Senior Leaving Certificate Examination (including Day School Certificate (Higher) General paper), 1947
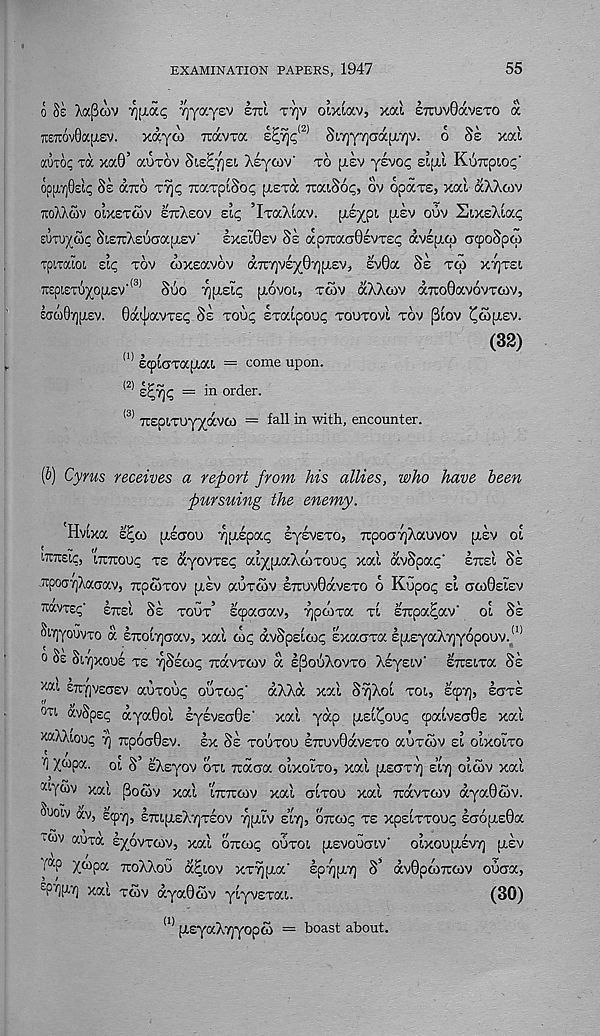
EXAMINATION PAPERS, 1947
55
o 8e Aapo'iv Tj(xa^ Tjyayev sm ttjv oivio'.v, xal ETruvOavero a
TCTOvOafJiev.
xayoi Tiavra e^% <2) Siyyyaafxrjv. 6 Ss xai
auto? to xa0’ auTov SiecjizL /iyoov' to [Jlsv ysvoc eijxI KuTipto^'
op[JL7)0£^ Se (xtto Ty^ TrarpiSo^ [X£T(X tto.iSoc;, ov opaT£, xal aXXoiv
TtoXXcov oix£T(ov £tcA£Ov £i<; ’IraAtav. fii^pt, [X£v ouv Six£Xia<;
suTuyooc SisTrAEoaaiiEv' exei0ev Se ap7raa0evT£^ avEixoi acpoSpq)
Tpimioi sic, tov coxsavov a7ry)V£y07]p.£V, Ev0a Se toi xtjtei
7t£pi£Tuj(0(xev' <3) Soo ti [XEi^ fiovoL, T<ov ccXXoiv aTUO0aVOVTCOV,
£aa)07)[i.EV. Oa'iavxEC Se too^ sraipou^ toutovi tov (3iov ‘Coi[X£v.
(32)
E^laTapiat. = come upon.
<2)
= in order.
W l.
(3) TTSpLTUyyavw = fall in with, encounter.
(S) Cyrus receives a report from his allies, who have been
pursuing the enemy.
'Hvixoc e£co (jiaou ry.saa.c, sysvETo, TrpoayXaovov [xev oi
wirstc, t~7rouc te ayovT£<; a^ptaXcoTou^ xal avSpac’ etcei Se
^poCTyjXaaav, TrpwTOv [xev auTOiv ettuvOocveto 6 Kupo<; si ctcoOelev
etteI Se tout’ scpatjav, rjpoivx ti sirpa^av' ol Ss
8i.7]Youvto a E7rol7]crav, xal
avScsto^ sxacrTa EptEyaXyjyopouv, 111
0 §£ Sitjxooe te ySEOi^ toxvtcov a eSooXovto Xeysiv' ETrstTa 8s
xat ETryjvsCTEv auTOu^ ootoic' aXXa xal SyXol tol, scpyj, sots
oti, avSpE^ aya0ol IyeveciOe' xal yap pisl^ouc; ocdvsaQs xal
xaAlaoup 7) TrpoaOsv. lx Se toutoo £Truv0av£TO auTwv si oIxoito
r i y.^y- oi S’ EXsyov oti Traaa olxoIto, xal [xsott) e’It) olwv xal
xt ywv xal pooiv xal ittttcov xal cjltou xal ttovtoiv aya0(ov.
Suoiv av, EcpT], ETUptsXTJTEOV ^[XIV £17], OTTCOi; TE XpEtTTOUt; £CT6p.£0a
lCOV atiTa lyovToiv, xal ottcoc; outol [XEVOuaiv' olxoDpilvT] (xsv
• X P X W P« tcoXXou a^iov xT^ixa’ Ipyjx-/] S’ av0pco7roiv oucra,
£ P 7 l( J,y l xa l tcov ayaOcov ylyvsTat,.
(30)
(1) [xsyaXTjyopco = boast about.